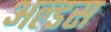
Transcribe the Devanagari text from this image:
अल्डस